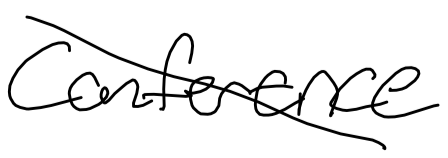
Text: Conference
Cross-out: diagonal
Writing tool: digital_black